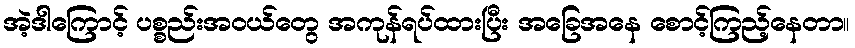
အဲ့ဒါကြောင့် ပစ္စည်းအဝယ်တွေ အကုန်ရပ်ထားပြီး အခြေအနေ စောင့်ကြည့်နေတာ။